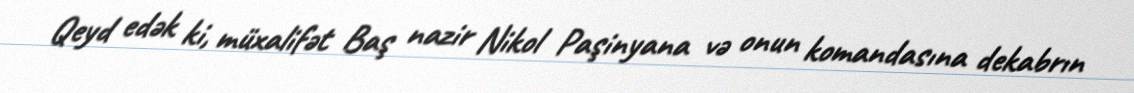
Qeyd edək ki, müxalifət Baş nazir Nikol Paşinyana və onun komandasına dekabrın